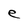
Character: e